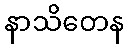
နာသိတေန